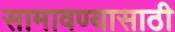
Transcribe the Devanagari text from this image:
सामावण्यासाठी